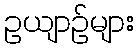
ဥယျာဉ်များ